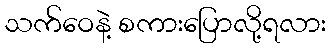
သက်ဝေနဲ့ စကားပြောလို့ရလား